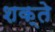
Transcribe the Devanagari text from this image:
शक्ते